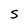
Character: S